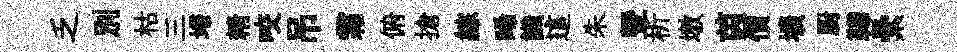
乏别枯三埽精咬吊霜俯搶綜晞識這朱暨析墩茵價壙厨鞾纍